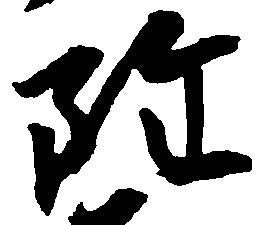
雖